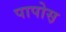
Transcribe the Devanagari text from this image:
पापोस़